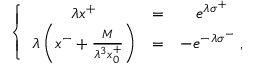
\left\{ \begin{array} { c c c } { { \lambda x ^ { + } } } & { { = } } & { { e ^ { \lambda \sigma ^ { + } } } } \\ { { \lambda \left( x ^ { - } + { \frac { M } { \lambda ^ { 3 } x _ { 0 } ^ { + } } } \right) } } & { { = } } & { { - e ^ { - \lambda \sigma ^ { - } } \; , } } \end{array} \right.